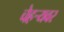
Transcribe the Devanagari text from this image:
चेहर्‍यवर